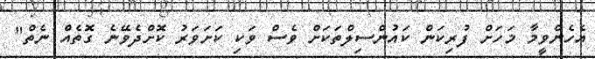
އެހެންވީމާ މަހަށް ފުރިކަން ކައުންސިލްތަކަށް ވެސް ވަކި ކަށަވަރު ކޮށްދެވޭނެ ގޮތެއް ނެތް"